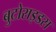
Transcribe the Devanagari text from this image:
बुटोराइडस